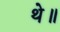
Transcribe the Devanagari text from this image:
थे॥